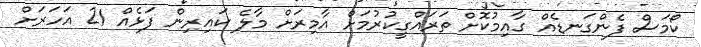
ކޯމަސް ފެންގަނޑެއް ގާއިމުކޮށް ތަރައްގީކުރުމަށް އާމިރަށް މާލެ ކައިރިން ފަޅެއް 21 އަހަރަށް